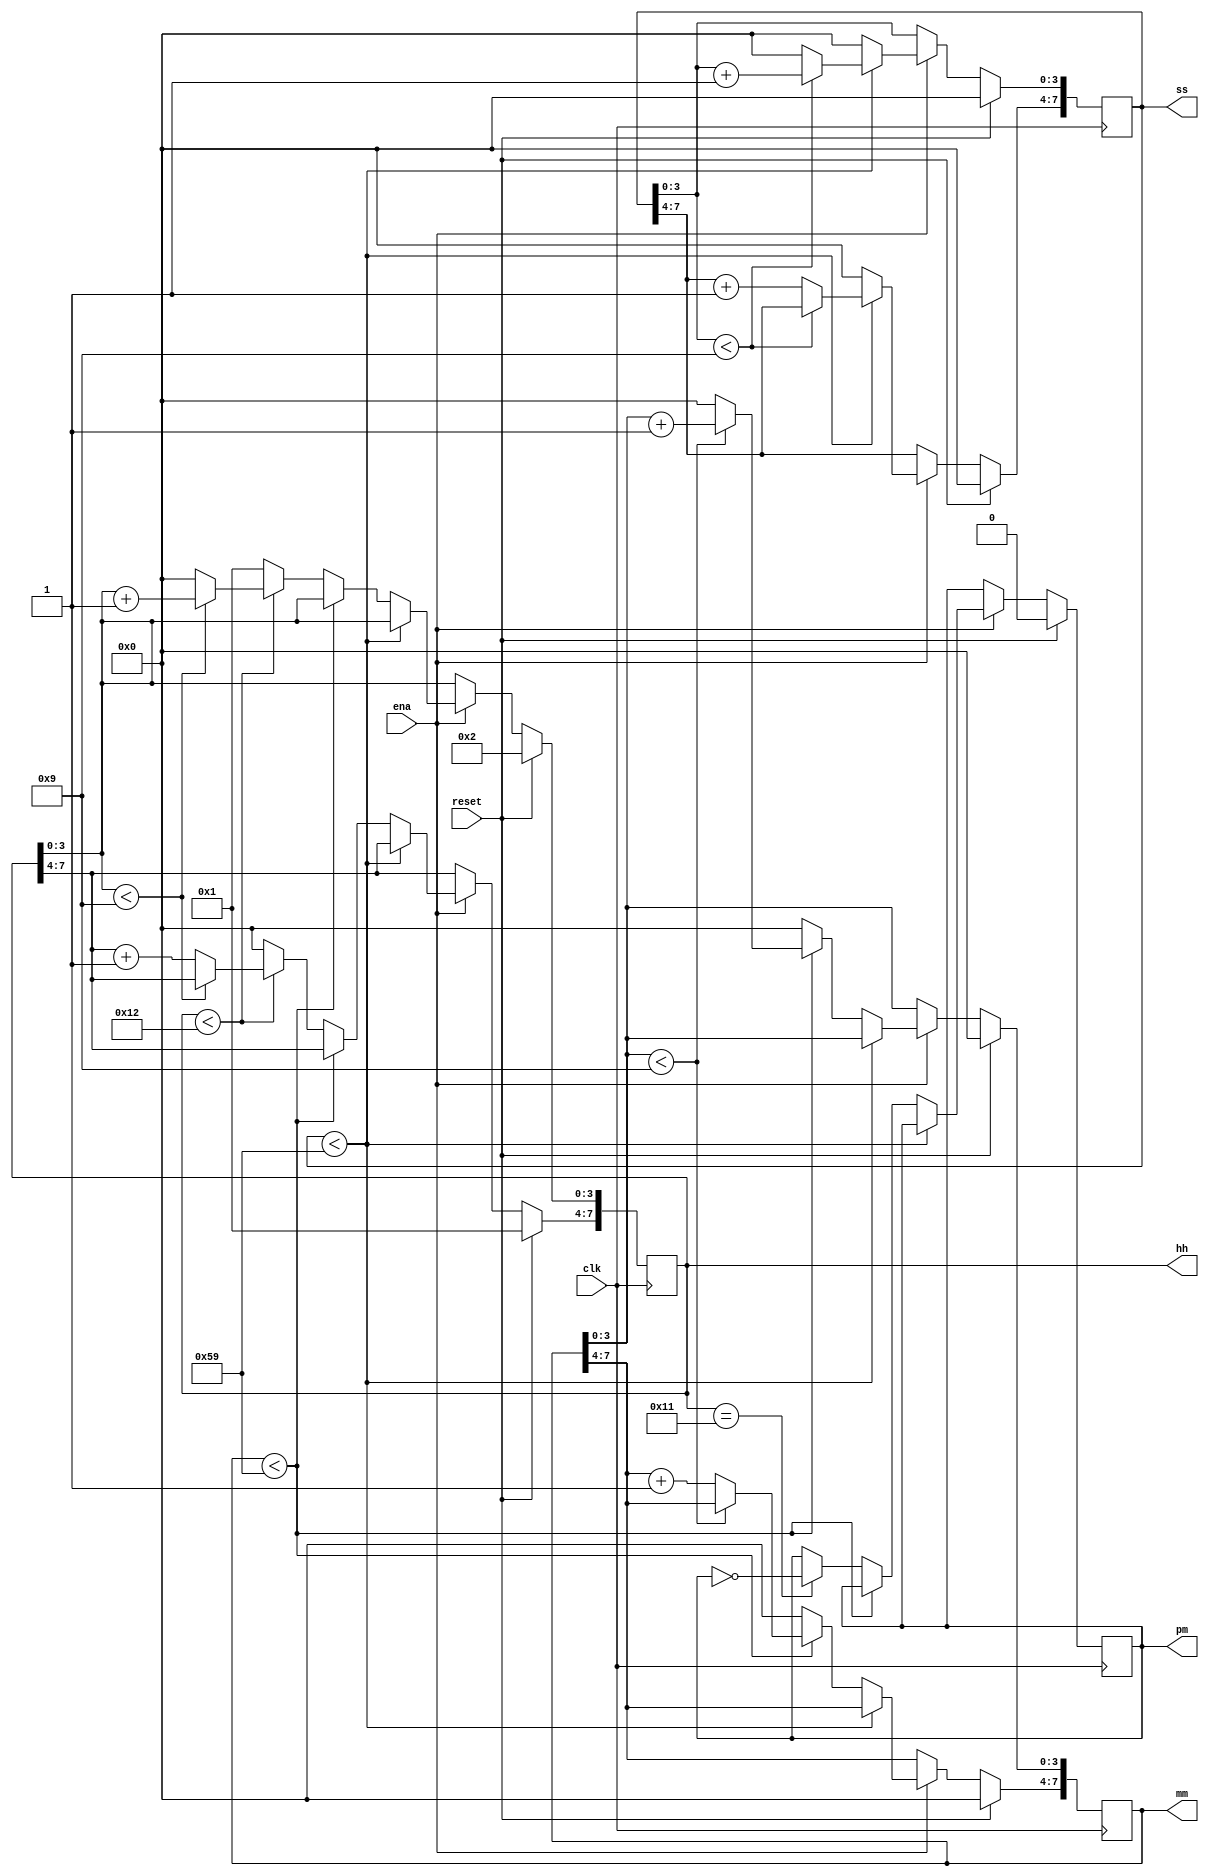
// This program was cloned from: https://github.com/matthewdelorenzo/CreativEval
// License: BSD 3-Clause "New" or "Revised" License

module top_module 
    (
        input clk,
        input reset,
        input ena,
        output pm,
        output [7:0] hh,
        output [7:0] mm,
        output [7:0] ss
    );

    reg p;  //0: am, 1: pm
    reg [7:0] h;
    reg [7:0] m;
    reg [7:0] s;

    always @ (posedge clk)
        begin
            if(reset)
                begin
                    p <= 0;
                    h <= 8'h12;
                    m <= 8'h00;
                    s <= 8'h00;
                end
            else
                begin
                    if(ena)
                        begin
                            if(s < 8'h59)
                                begin
                                    if(s[3:0] < 4'h9)
                                        begin
                                            s[3:0] <= s[3:0] + 1'h1; 
                                        end
                                    else
                                        begin
                                            s[3:0] <= 0;
                                            s[7:4] <= s[7:4] + 1'h1;
                                        end 
                                end
                            else
                                begin
                                    s <= 0;
                                    if(m < 8'h59)
                                        begin
                                            if(m[3:0] < 4'h9)
                                                begin
                                                    m[3:0] <= m[3:0] + 1'h1; 
                                                end 
                                            else
                                                begin
                                                    m[3:0] <= 0;
                                                    m[7:4] <= m[7:4] + 1'h1;
                                                end
                                        end
                                    else
                                        begin
                                            m <= 1'h0;
                                            if(h == 8'h11)
                                                p = !p;
                                            if(h < 8'h12)
                                                begin
                                                    if(h[3:0] < 4'h9)
                                                        h[3:0] <= h[3:0] + 1'h1;
                                                    else
                                                        begin
                                                            h[3:0] <= 4'h0;
                                                            h[7:4] <= h[7:4] + 1'h1;
                                                        end
                                                end
                                            else
                                                begin
                                                   h <= 1'h1; 
                                                end
                                        end
                                end
                        end
                end
        end

    assign pm = p;
    assign hh = h;
    assign mm = m;
    assign ss = s;

endmodule